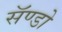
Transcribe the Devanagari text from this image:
सॅण्डो